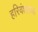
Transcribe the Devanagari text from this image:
हरिवंशाच्या